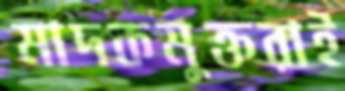
মাদকমুক্তরাই